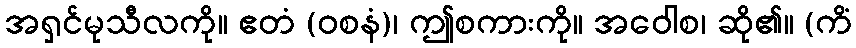
အရှင်မုသီလကို။ ဧတံ (ဝစနံ)၊ ဤစကားကို။ အဝေါစ၊ ဆို၏။ (ကိံ